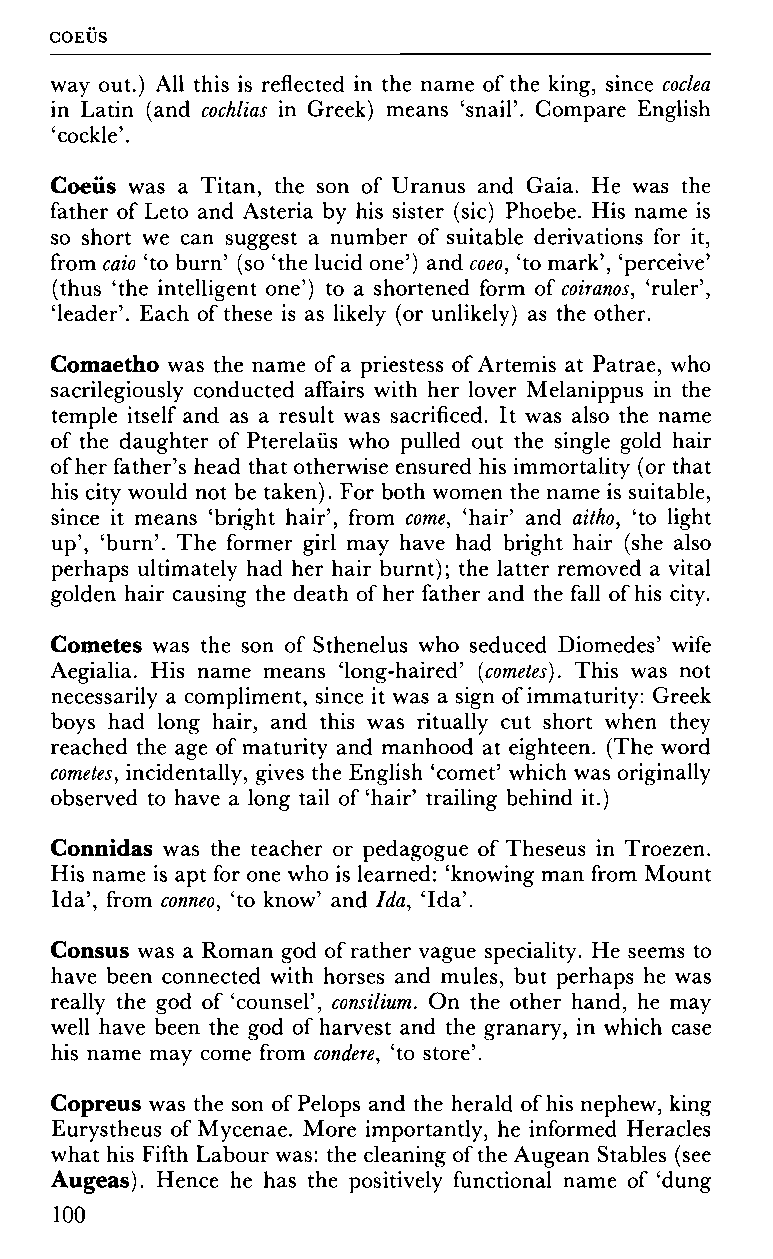
GOEUS
 way out.) All this is reflected in the name of the king, since coclea
 in Latin (and cochlias in Greek) means 'snail'. Compare English
 'cockle'.
 Coeiis was a Titan, the son of Uranus and Gaia. He was the
 father of Leto and Asteria by his sister (sic) Phoebe. His name is
 so short we can suggest a number of suitable derivations for it,
 from caio 'to burn' (so 'the lucid one') and coeo, 'to mark', 'perceive'
 (thus 'the intelligent one') to a shortened form of coiranos, 'ruler',
 'leader'. Each of these is as likely (or unlikely) as the other.
 Comaetho was the name of a priestess of Artemis at Patrae, who
 sacrilegiously conducted affairs with her lover Melanippus in the
 temple itself and as a result was sacrificed. It was also the name
 of the daughter of Pterelaüs who pulled out the single gold hair
 of her father's head that otherwise ensured his immortality (or that
 his city would not be taken). For both women the name is suitable,
 since it means 'bright hair', from come, 'hair' and aitho, 'to light
 up', 'burn'. The former girl may have had bright hair (she also
 perhaps ultimately had her hair burnt); the latter removed a vital
 golden hair causing the death of her father and the fall of his city.
 Comètes was the son of Sthenelus who seduced Diomedes' wife
 Aegialia. His name means 'long-haired' (comètes). This was not
 necessarily a compliment, since it was a sign of immaturity: Greek
 boys had long hair, and this was ritually cut short when they
 reached the age of maturity and manhood at eighteen. (The word
 comètes, incidentally, gives the English 'comet' which was originally
 observed to have a long tail of 'hair' trailing behind it.)
 Connidas was the teacher or pedagogue of Theseus in Troezen.
 His name is apt for one who is learned: 'knowing man from Mount
 Ida', from conneo, 'to know' and Ida, 'Ida'.
 Consus was a Roman god of rather vague speciality. He seems to
 have been connected with horses and mules, but perhaps he was
 really the god of 'counsel', consilium. On the other hand, he may
 well have been the god of harvest and the granary, in which case
 his name may come from condere, 'to store'.
 Copreus was the son of Pelops and the herald of his nephew, king
 Eurystheus of Mycenae. More importantly, he informed Heracles
 what his Fifth Labour was: the cleaning of the Augean Stables (see
 Augeas). Hence he has the positively functional name of 'dung
 100